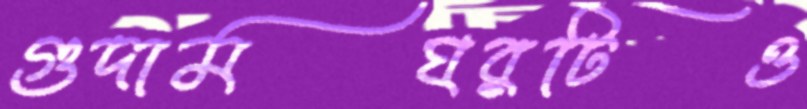
গুদামঘরটিও